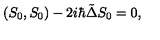
( S _ { 0 } , S _ { 0 } ) - 2 i \hbar \tilde { \Delta } S _ { 0 } = 0 ,